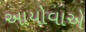
આયોવાએ